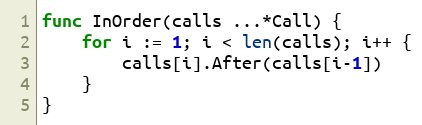
Language: Go
func InOrder(calls ...*Call) {
	for i := 1; i < len(calls); i++ {
		calls[i].After(calls[i-1])
	}
}